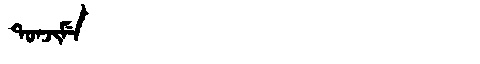
Manchu: ᡨᠣᠨᠵᡳᠮᡝ
Romanization: TONJIME